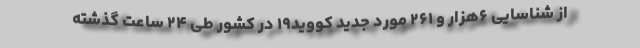
از شناسایی ۶هزار و ۲۶۱ مورد جدید کووید۱۹ در کشور طی ۲۴ ساعت گذشته